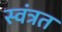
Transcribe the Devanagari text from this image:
स्वंत्रत